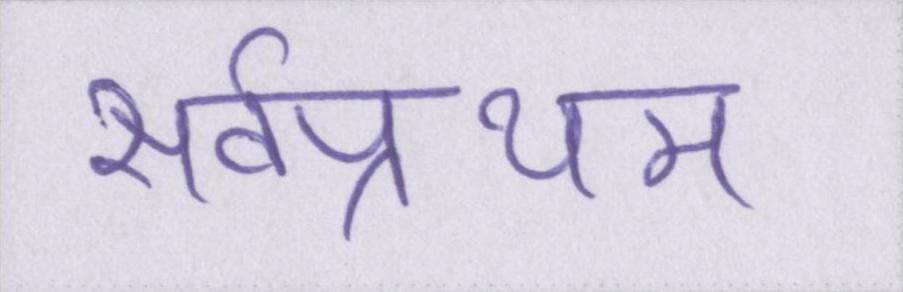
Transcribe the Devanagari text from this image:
सर्वप्रथम